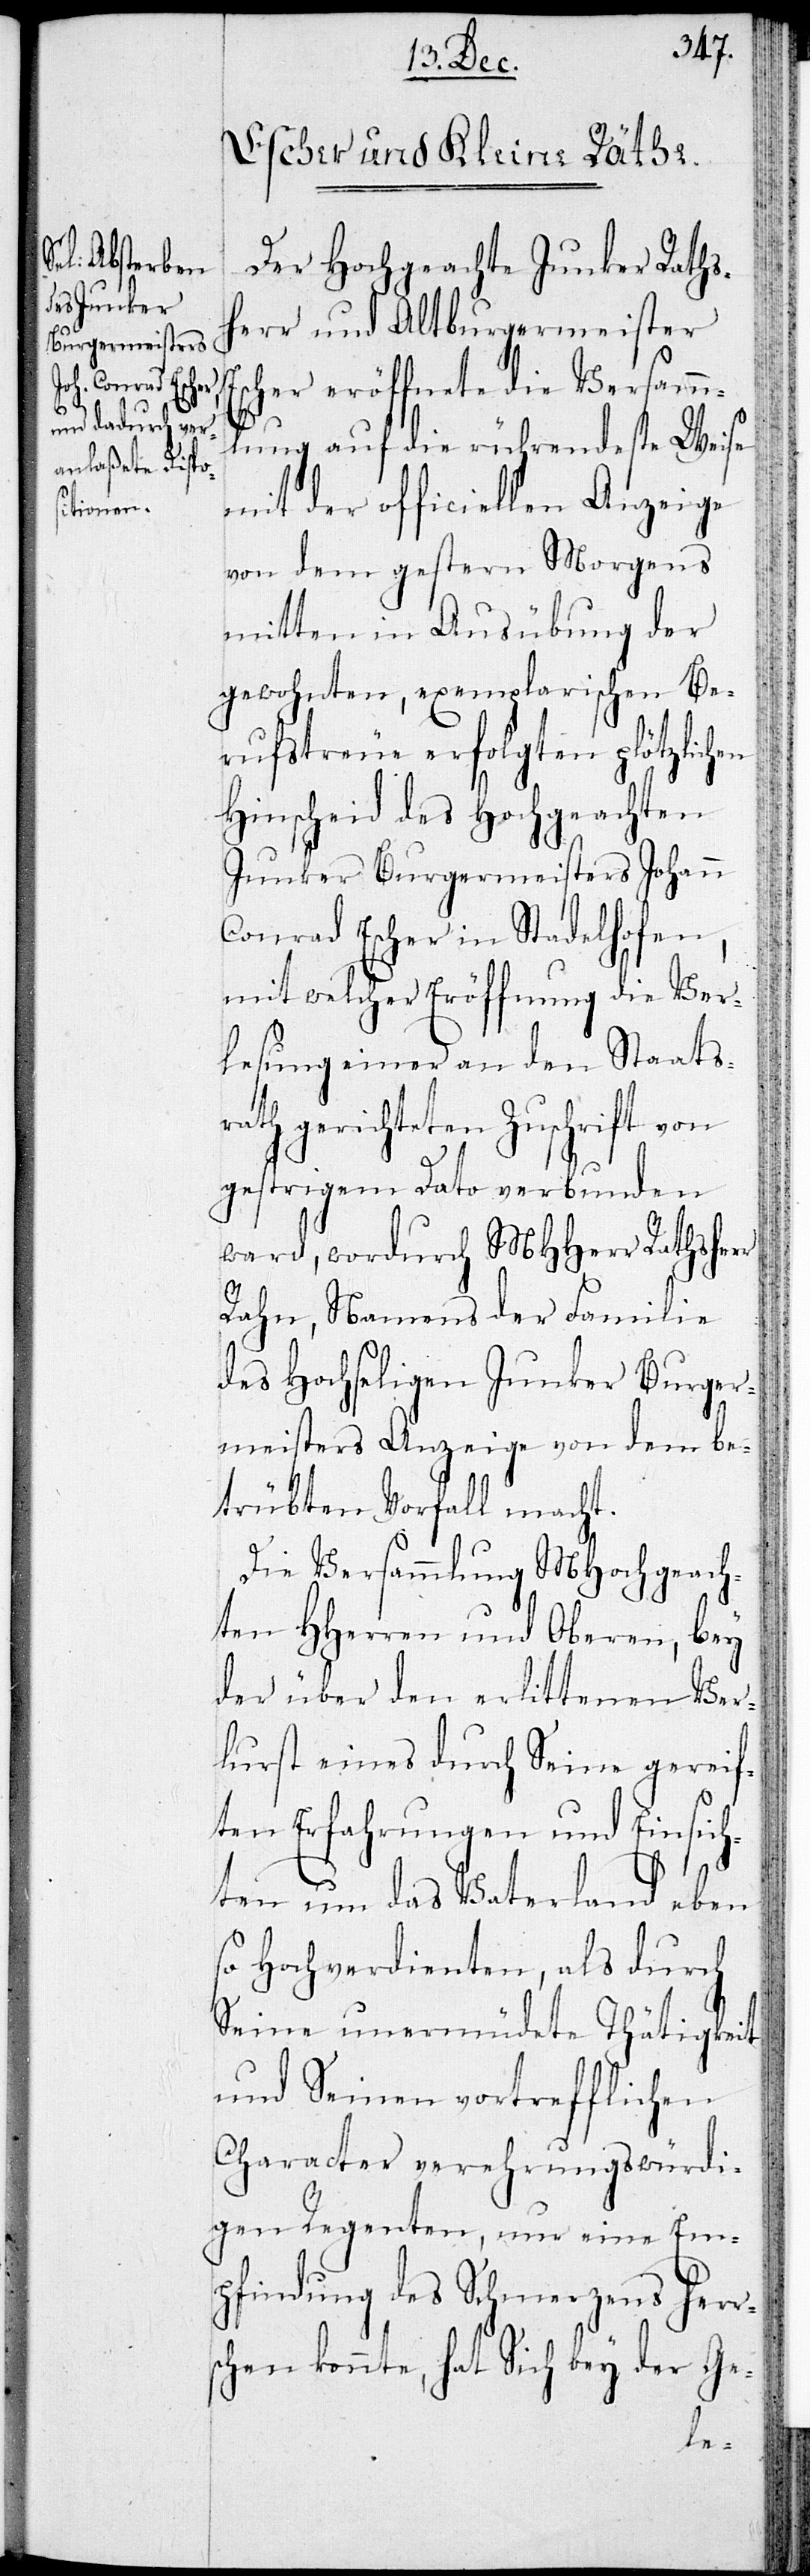
Der Hochgeachte Junker Raths¬
herr und Altburgermeister
cher eröffnete die Versamm¬
lung auf die rührendeste Weise
mit der officiellen Anzeige
von dem gestern Morgens
mitten in Ausübung der
gewohnten, exemplarischen Be¬
rufstreue erfolgten plötzlichen
Hinscheid des Hochgeachten
Junker Burgermeisters Johann
Conrad Escher in Stadelhofen,
mit welcher Eröffnung die Ver¬
lesung einer an den Staatsr¬
ath gerichteten Zuschrift von
gestrigem Dato verbunden
ward, wordurch MHHerr Rathsherr
Rahn, Namens der Familie
des Hochseligen Junker Burger¬
meisters Anzeige von dem be¬
trübten Vorfall macht.
Die Versammlung Mochgeach¬
ten HHerren und Oberen, bey
der über den erlittenen Ver¬
lurst eines durch seine gereif¬
ten Erfahrungen und Einsich¬
ten um das Vaterland eben
so Hochverdienten, als durch
seine unermüdete Thätigkeit
und seinen vortrefflichen
Character verehrungswürdi¬
gen Regenten, nur eine Em¬
pfindung des Schmerzens herr¬
schen konnte, hat Sich bey der Ge-
Es¬